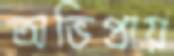
অভিপ্রায়